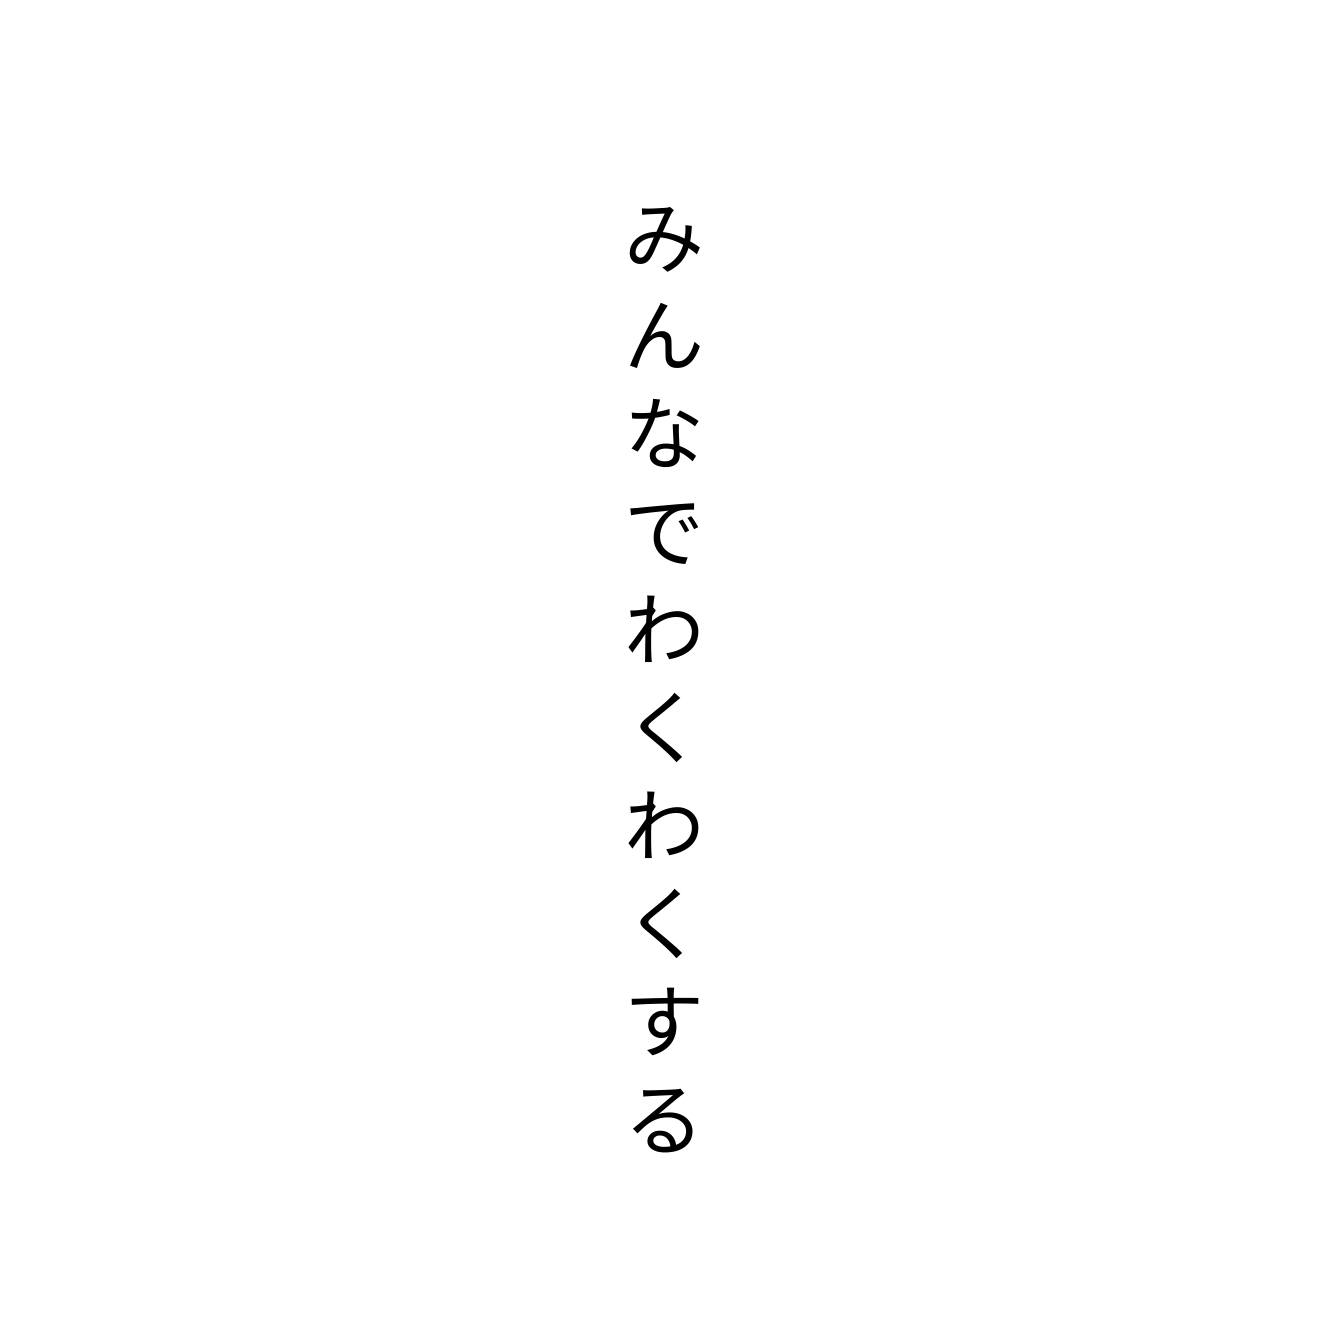
みんなでわくわくする